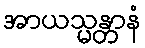
အာယသ္မန္တာနံ